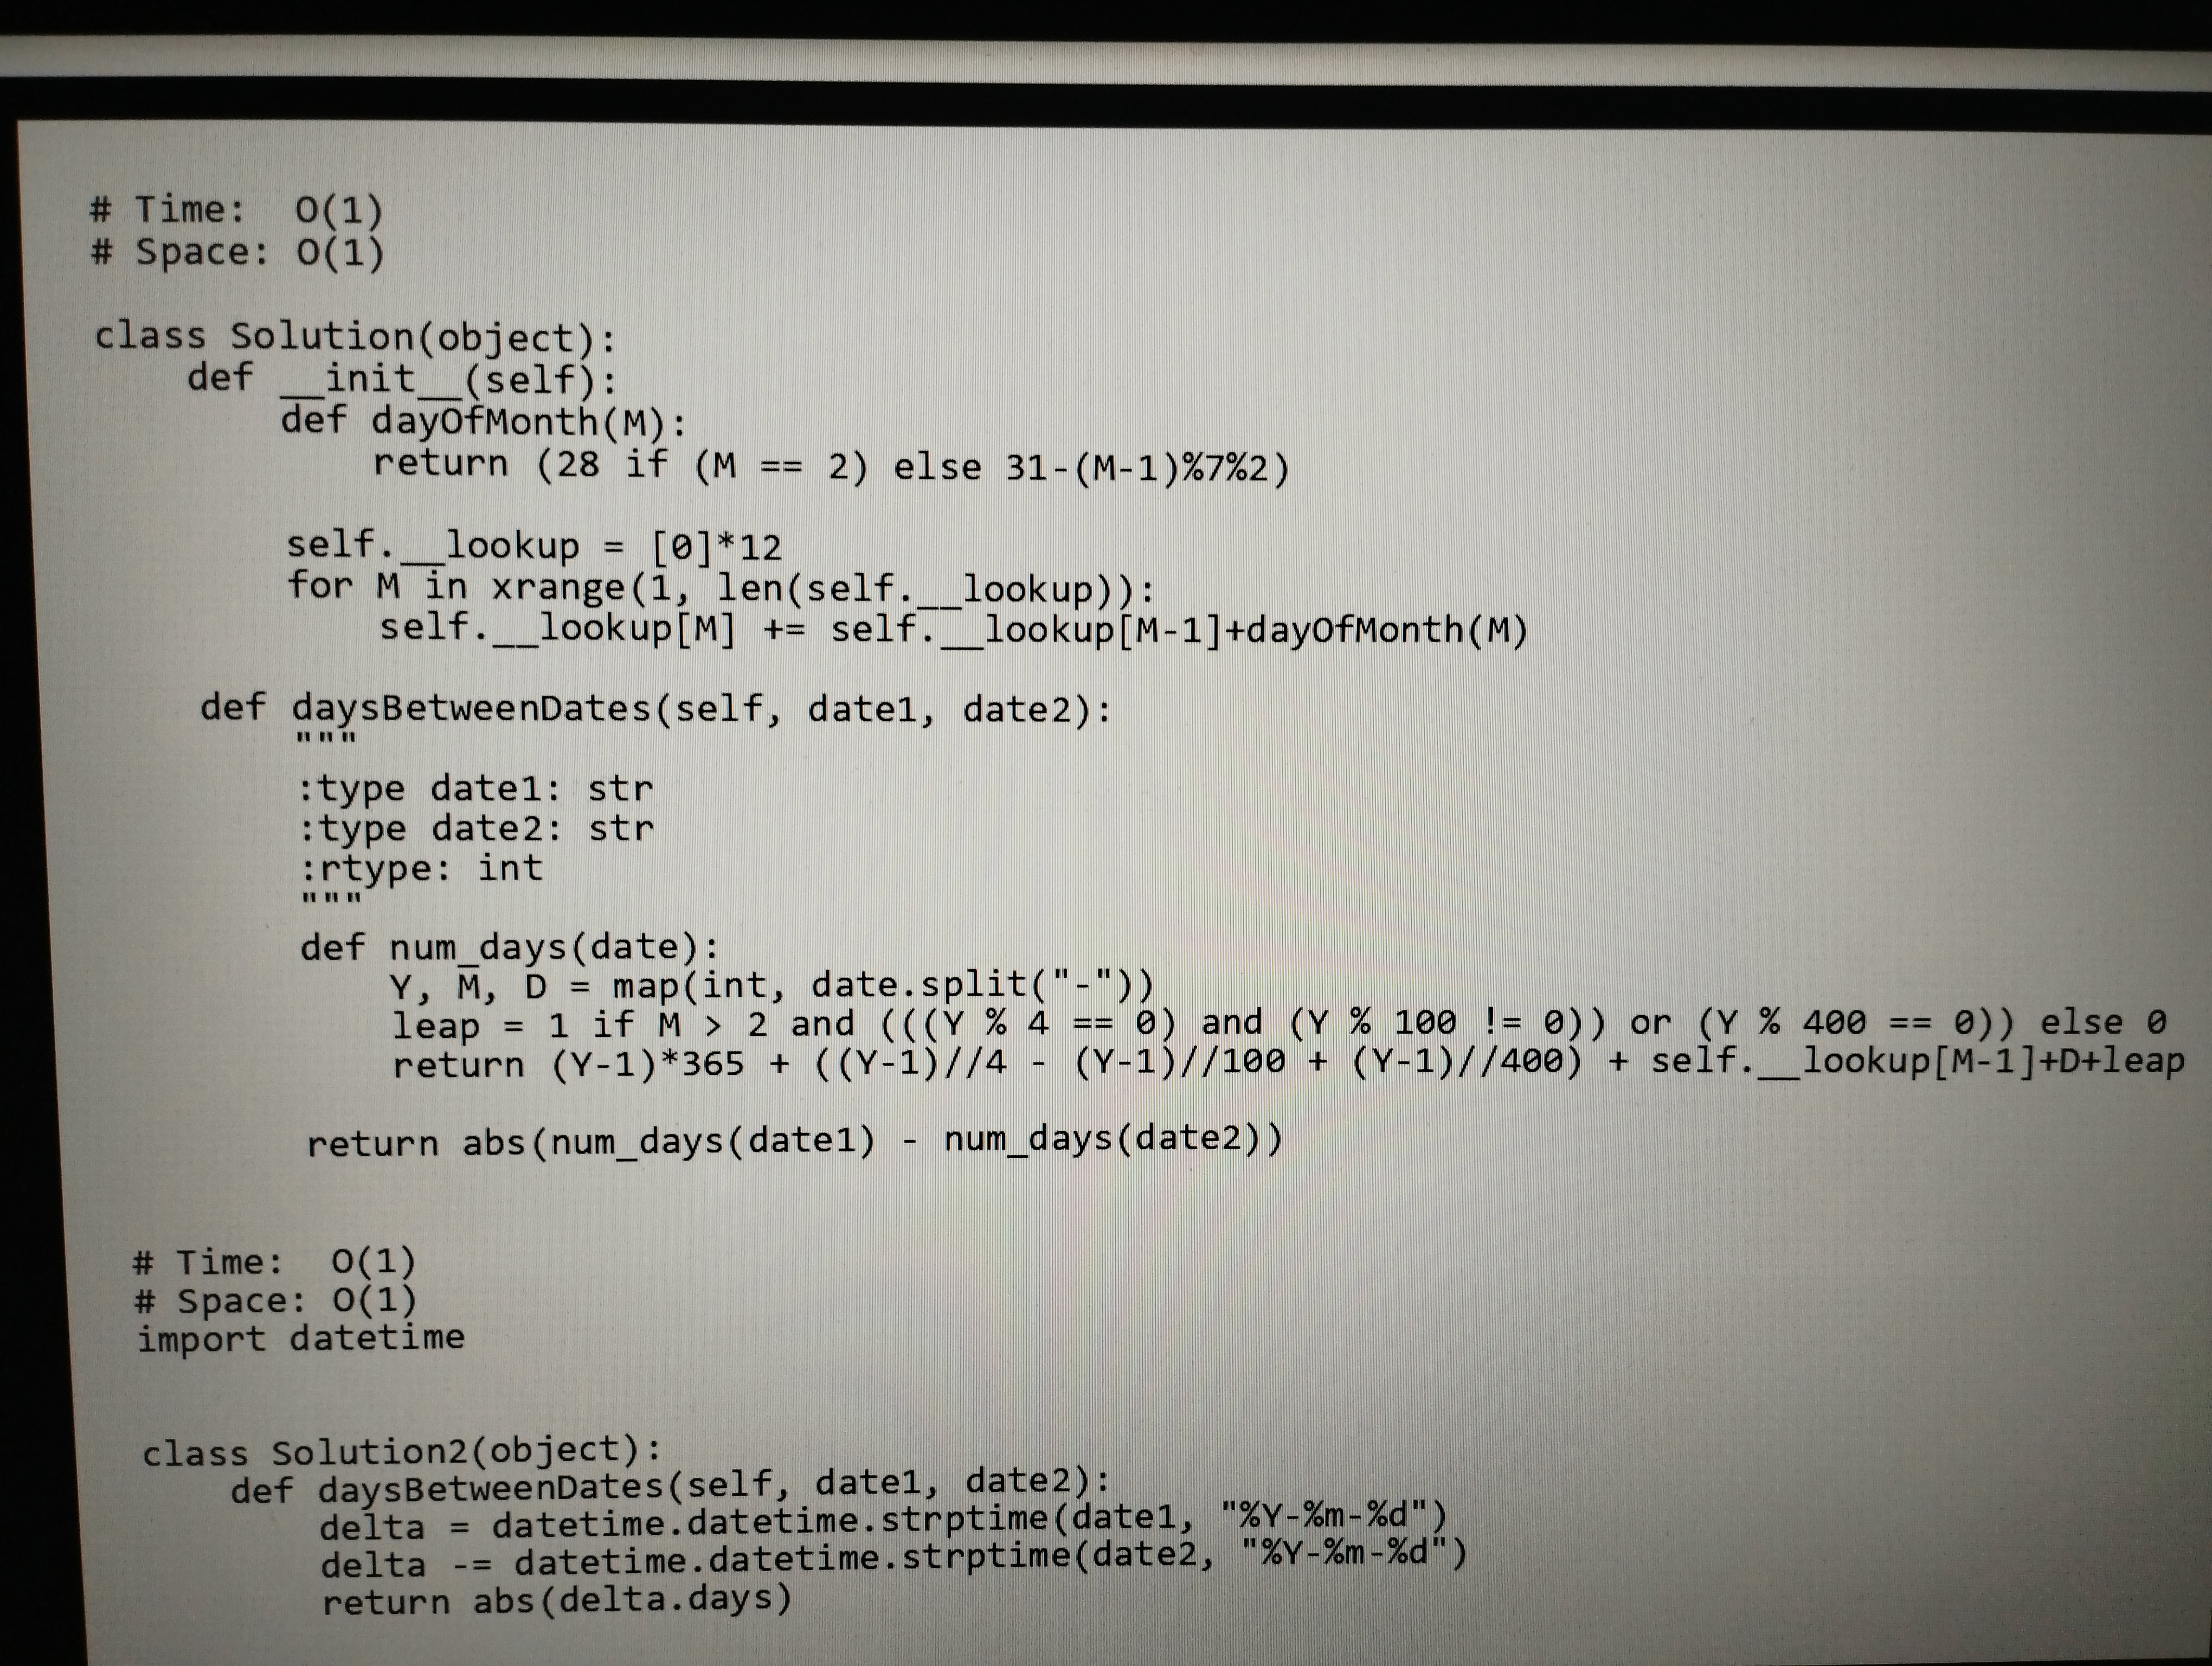
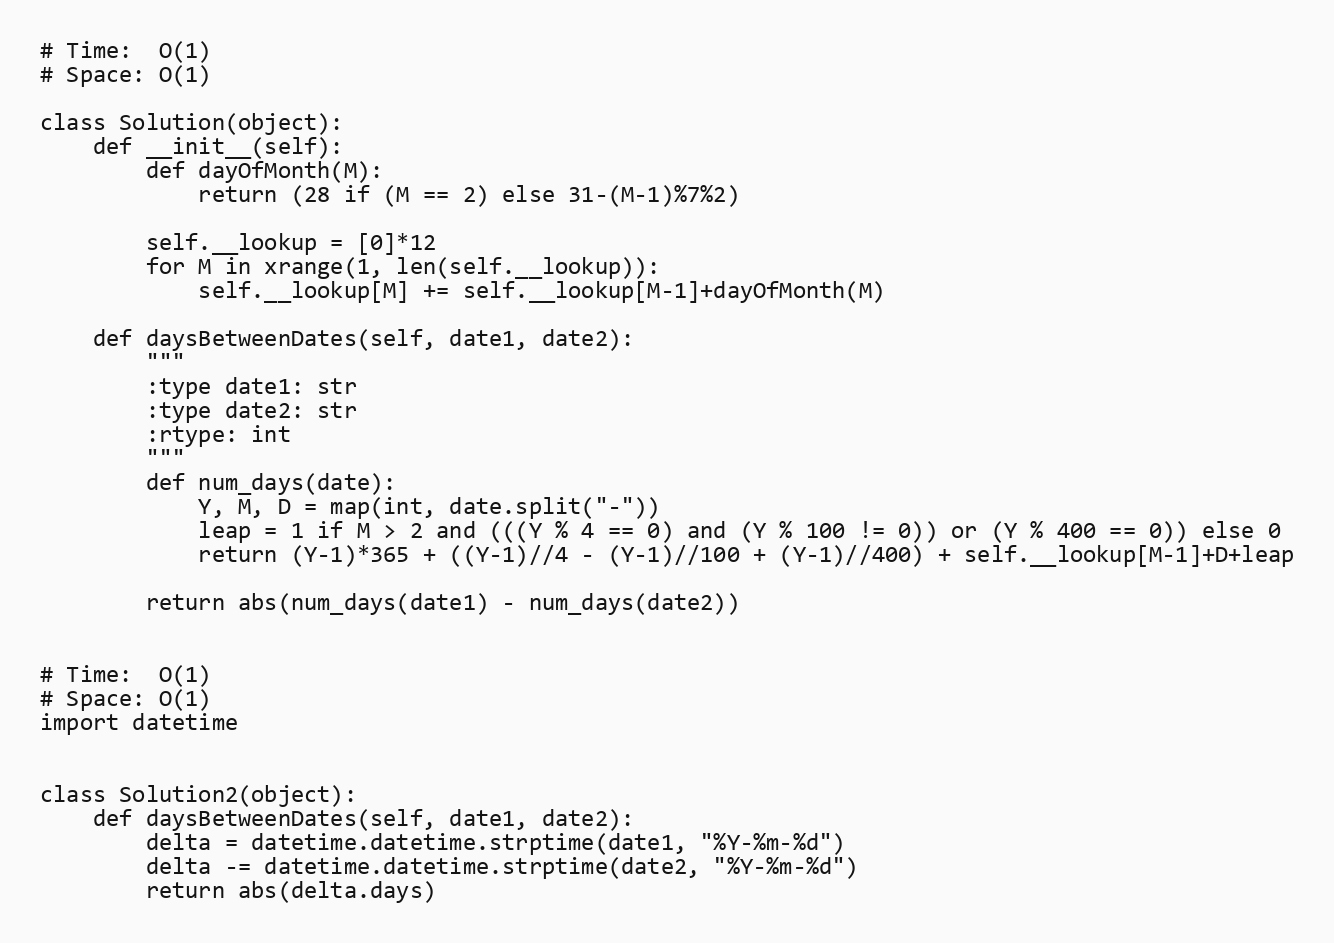
# Time:  O(1)
# Space: O(1)

class Solution(object):
    def __init__(self):
        def dayOfMonth(M):
            return (28 if (M == 2) else 31-(M-1)%7%2)

        self.__lookup = [0]*12
        for M in xrange(1, len(self.__lookup)):
            self.__lookup[M] += self.__lookup[M-1]+dayOfMonth(M)

    def daysBetweenDates(self, date1, date2):
        """
        :type date1: str
        :type date2: str
        :rtype: int
        """
        def num_days(date):
            Y, M, D = map(int, date.split("-"))
            leap = 1 if M > 2 and (((Y % 4 == 0) and (Y % 100 != 0)) or (Y % 400 == 0)) else 0
            return (Y-1)*365 + ((Y-1)//4 - (Y-1)//100 + (Y-1)//400) + self.__lookup[M-1]+D+leap

        return abs(num_days(date1) - num_days(date2))

# Time:  O(1)
# Space: O(1)
import datetime

class Solution2(object):
    def daysBetweenDates(self, date1, date2):
        delta = datetime.datetime.strptime(date1, "%Y-%m-%d")
        delta -= datetime.datetime.strptime(date2, "%Y-%m-%d")
        return abs(delta.days)